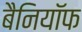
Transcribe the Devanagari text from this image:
बैनियॉफ